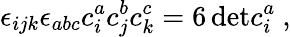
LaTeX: \epsilon_{ijk}\epsilon_{abc}c_{i}^{a}c_{j}^{b}c_{k}^{c}=6\, \mathrm{det}c_{i}^{a}\ ,